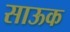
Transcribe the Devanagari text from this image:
साऊक